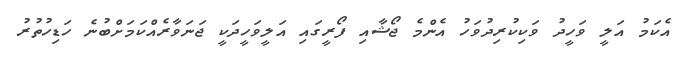
އެކަމު އަލީ ވަހީދު ވަކިކުރިދުވަހު އެންމެ ޖޯޝާއި ފޯރީގައި އަލީވަހީދަކީ ޖަނަވާރެއްކަމަށްބުނެ ހަޑިހުތުރު